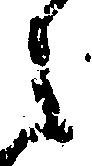
之